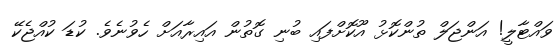
ވައްޓާލީ! އަންޖަލް ތުންކޮޅު އޫކޮށްފައި ބުނި ގޮތުން އައިރާއަށް ހެވުނެވެ. ކުޑަ ކުއްޖެކޭ